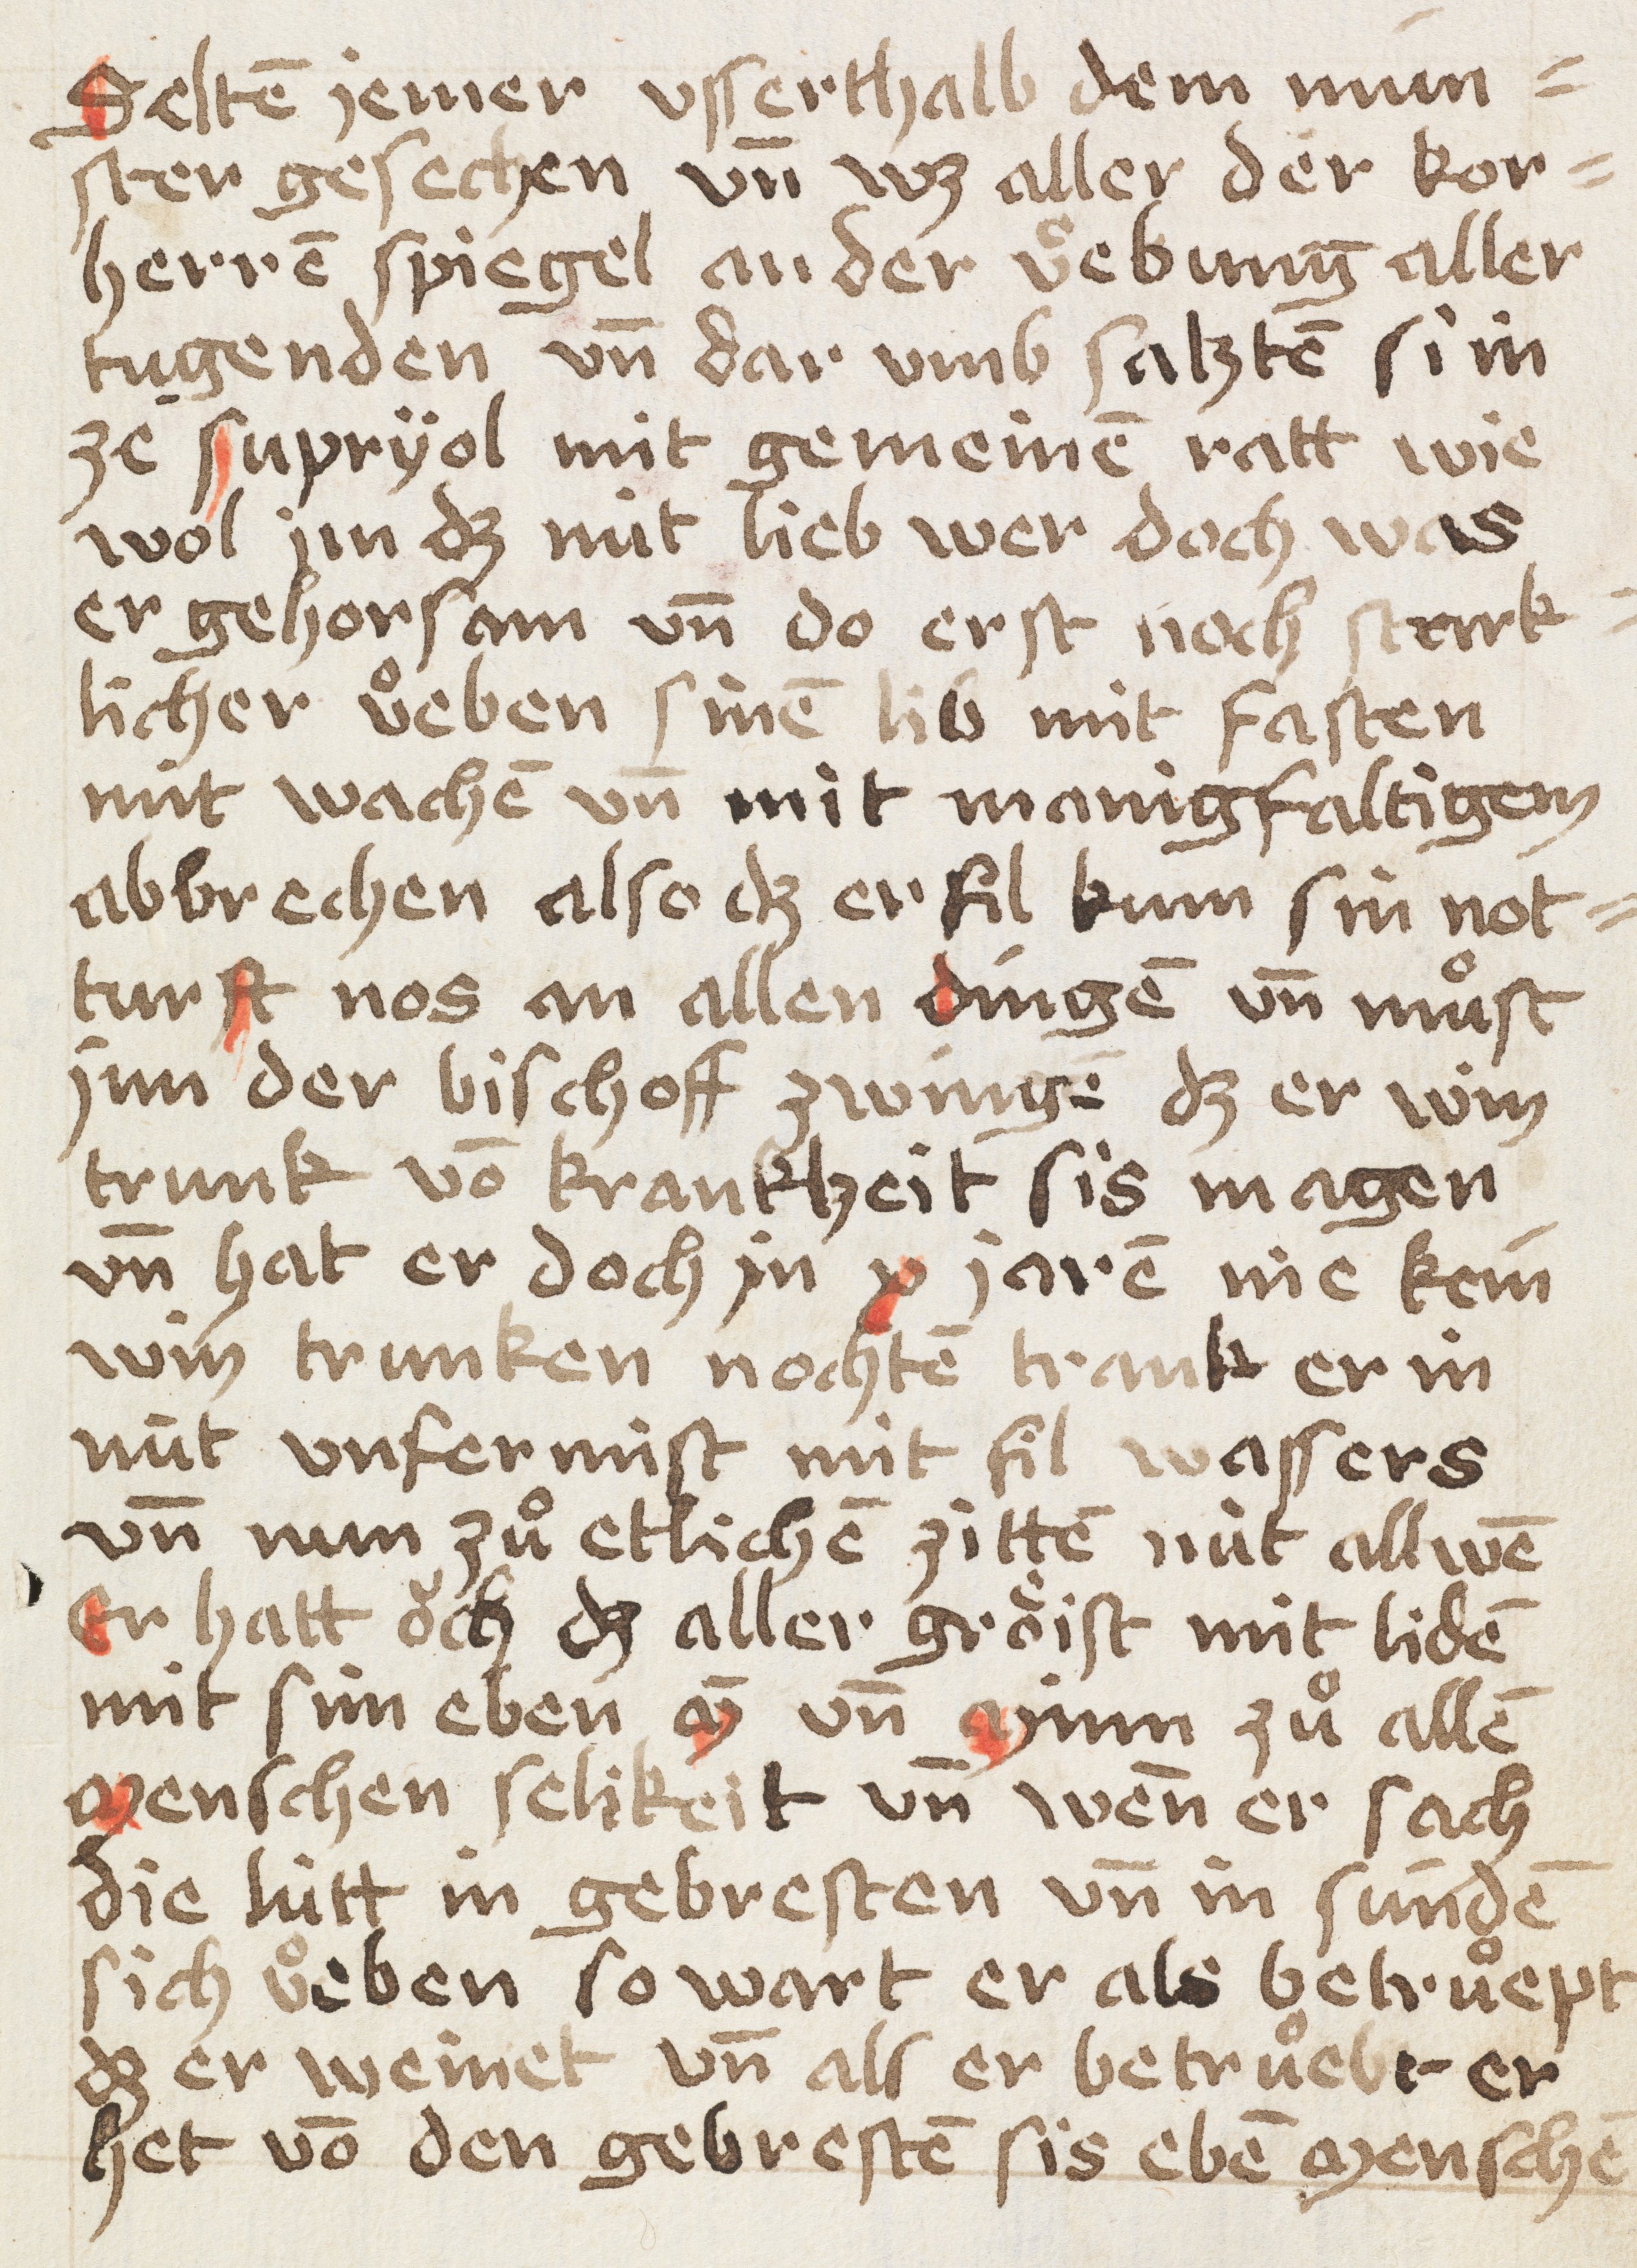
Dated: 1449–1449